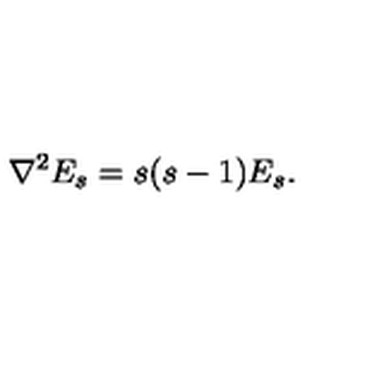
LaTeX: { \nabla ^ { 2 } E _ { s } = s ( s - 1 ) E _ { s } . }